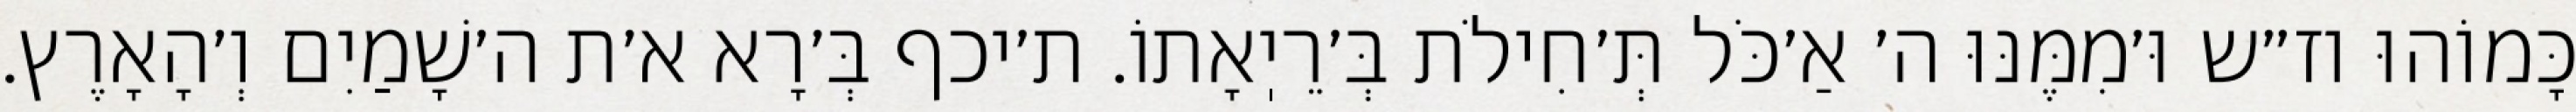
כָּמוֹהוּ וז״ש וּ׳מִמֶּנּוּ ה׳ אַ׳כֹּל תְּ׳חִילֹת בְּ׳רֵיֽאָתוֹ. ת׳יכף בְּ׳רָא א׳ת ה׳שָׁמַיִם וְ׳הָאָרֶץ.